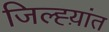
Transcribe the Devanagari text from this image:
जिल्ह्य़ांत